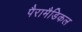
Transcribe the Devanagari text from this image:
पैरामैडिकल